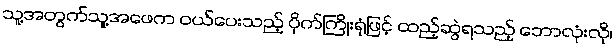
သူ့အတွက်သူ့အဖေက ဝယ်ပေးသည့် ပိုက်ကြိုးရုံဖြင့် ထည့်ဆွဲရသည့် ဘောလုံးလို၊